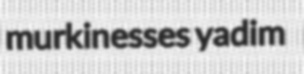
murkinesses yadim